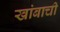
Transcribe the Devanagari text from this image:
खांबाची